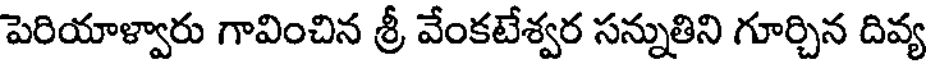
పెరియాళ్వారు గావించిన శ్రీ వేంకటేశ్వర సన్నుతిని గూర్చిన దివ్య